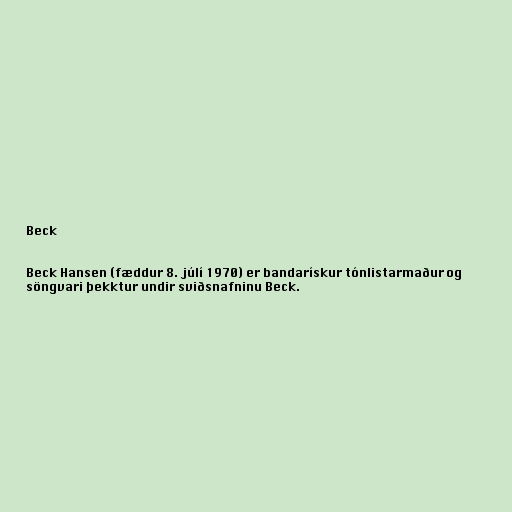
Beck

Beck Hansen (fæddur 8. júlí 1970) er bandarískur tónlistarmaður og
söngvari þekktur undir sviðsnafninu Beck.